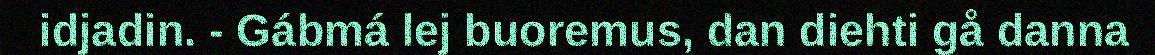
idjadin. - Gábmá lej buoremus, dan diehti gå danna